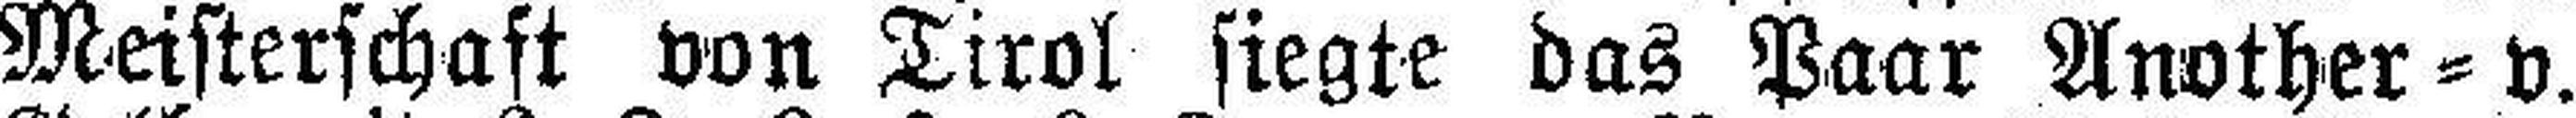
Meisterschaft von Tirol siegte das Paar Another=v.